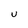
Character: U